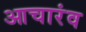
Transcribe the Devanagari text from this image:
आचारंव